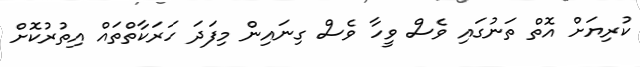
ކުރިޔަށް އޮތް ތަނުގައި ވެސް ވީހާ ވެސް ގިނައިން މިފަދަ ހަރަކާތްތައް އިތުރުކޮށް